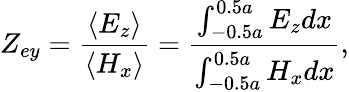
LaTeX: Z_{ey}=\frac{\left\langle E_{z}\right\rangle}{\left\langle H_{x}\right\rangle}=\frac{\int_{-0.5a}^{0.5a}E_{z}dx}{\int_{-0.5a}^{0.5a}H_{x}dx},